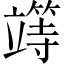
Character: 𥪸